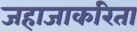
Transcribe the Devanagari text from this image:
जहाजाकरिता